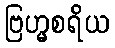
ဗြဟ္မစရိယ